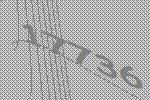
17736